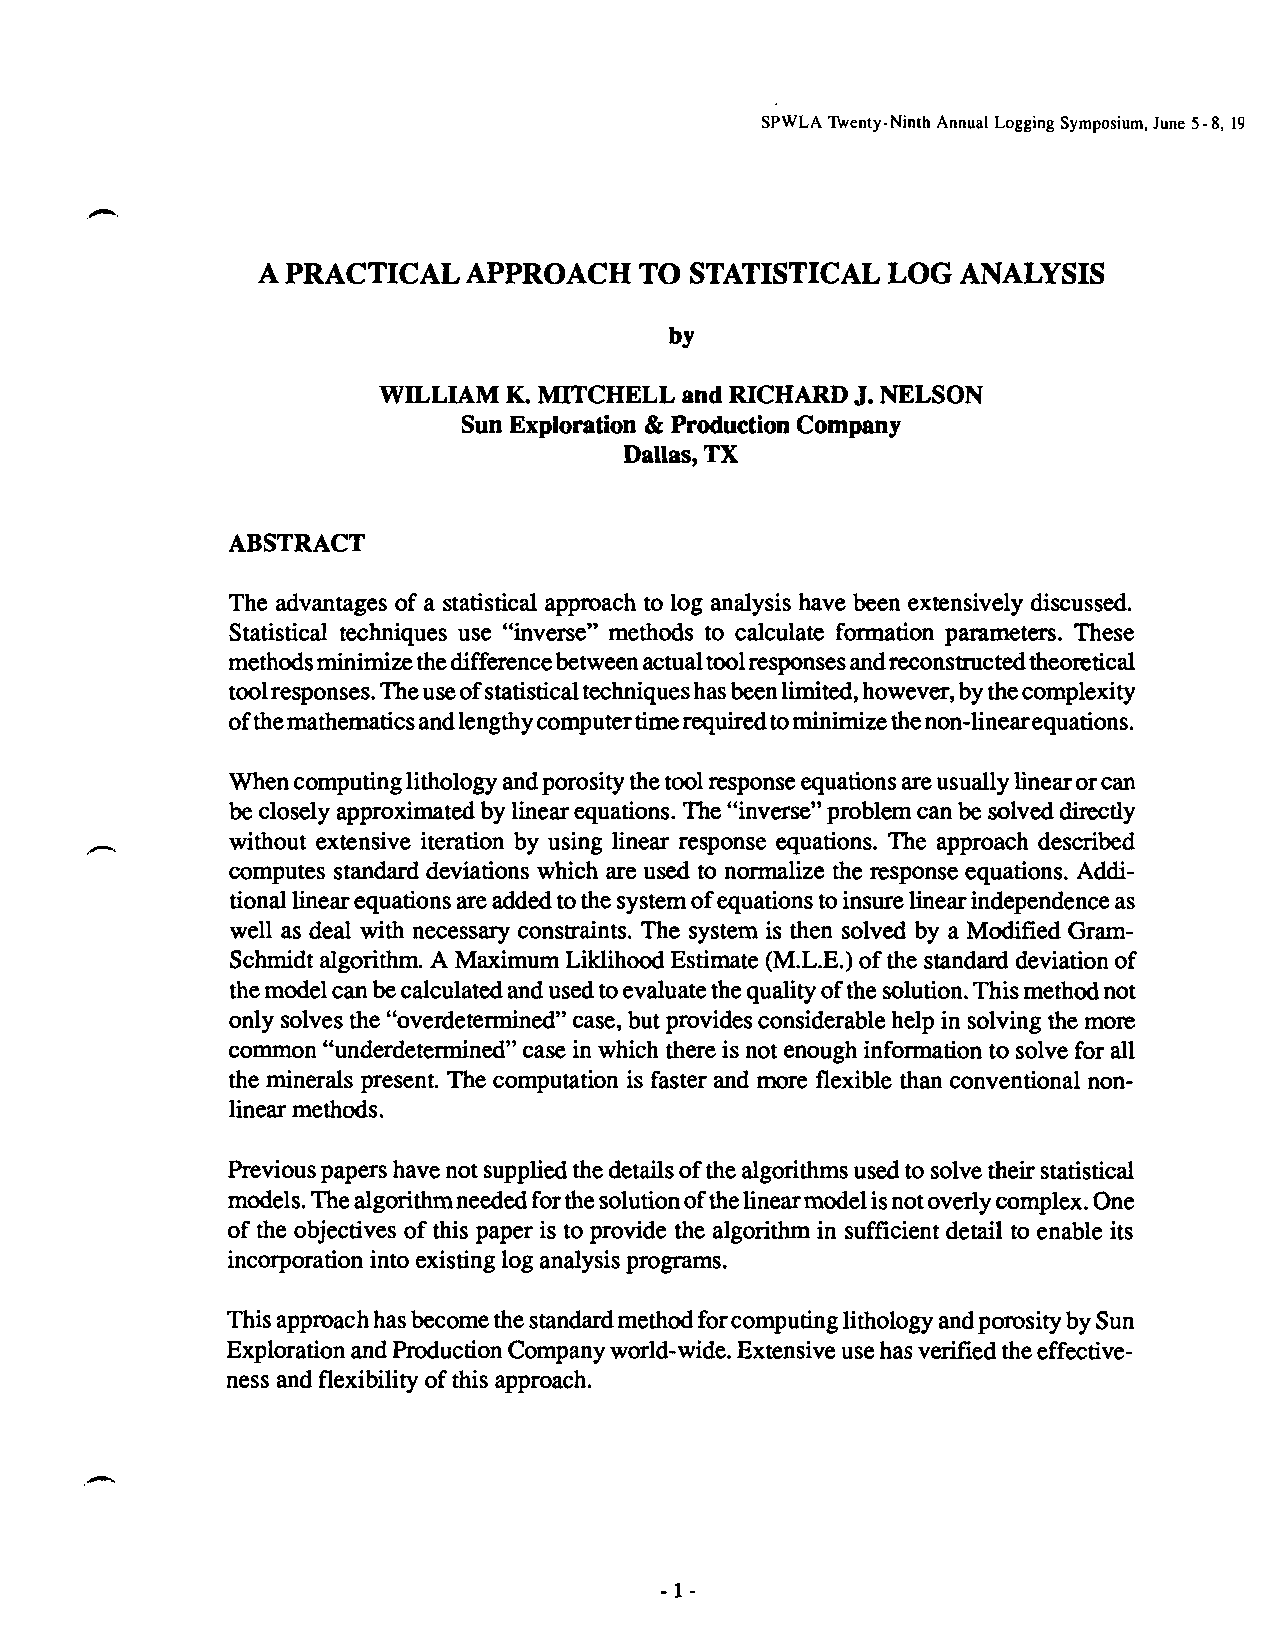
SPWLA Twenty-Ninth Annual Logging Symposium,June5-8, 19
 A PRACTICAL   APPROACH   TO  STATISTICAL  LOG ANALYSIS
 by
 WILLIAM  K. MITCHELL and RICHARD J. NELSON
 Sun Exploration & Production Company
 Dallas, TX
 ABSTRACT
 The advantages of a statistical approach to log analysis have been extensively discussed.
 Statistical techniques use “inverse” methods to calculate formation parameters. These
 methods minimize thedifference between actualtoolresponses andreconstructed theoretical
 toolresponses. Theuseofstatisticaltechniques hasbeenlimited, however, bythecomplexity
 ofthemathematics andlengthycomputer timerequired tominimize thenon-linearequations.
 When computing lithology andporosity thetoolresponse equations areusually linear orcan
 be closely approximated by linear equations. The “inverse” problem can be solved directly
 without extensive iteration by using linear response equations. The approach described
 computes standard deviations which are used to normalize the response equations. Addi-
 tional linear equations areadded tothe system ofequations toinsure linear independence as
 well as deal with necessary constraints. The system is then solved by a Modified Gram-
 Schmidt algorithm. A Maximum Liklihood Estimate (M.L.E.) of the standard deviation of
 themodel can becalculated andusedtoevaluate the quality ofthe solution. This method not
 only solves the “overdetermined” case, but provides considerable help in solving the more
 common “underdetermined” case in which there is not enough information to solve for all
 the minerals present. The computation is faster and more flexible than conventional non-
 linear methods.
 Previous papers have not supplied thedetails of the algorithms used to solvetheir statistical
 models. Thealgorithm needed forthesolution ofthelinearmodel isnotoverly complex. One
 of the objectives of this paper is to provide the algorithm in sufficient detail to enable its
 incorporation into existing log analysis programs.
 This approach hasbecome thestandard method forcomputing lithology andporosity bySun
 Exploration andProduction Company world-wide. Extensive usehasverified theeffective-
 ness and flexibility of this approach.
 -1-